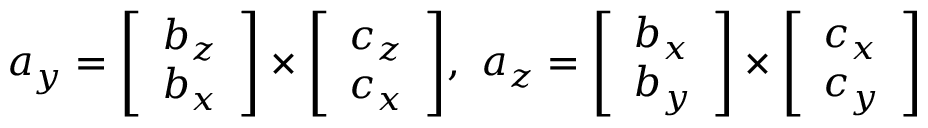
a _ { y } = { \left[ \begin{array} { l } { b _ { z } } \\ { b _ { x } } \end{array} \right] } \times { \left[ \begin{array} { l } { c _ { z } } \\ { c _ { x } } \end{array} \right] } , \ a _ { z } = { \left[ \begin{array} { l } { b _ { x } } \\ { b _ { y } } \end{array} \right] } \times { \left[ \begin{array} { l } { c _ { x } } \\ { c _ { y } } \end{array} \right] }